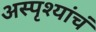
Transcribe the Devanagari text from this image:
अस्पृश्यांचं